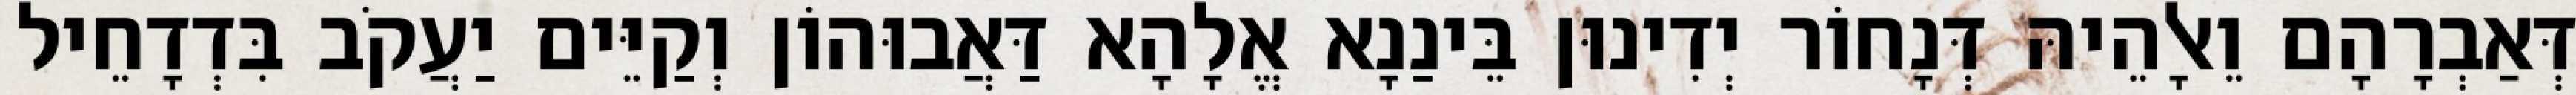
דְּאַבְרָהָם וֵאלָהֵיהּ דְּנָחוֹר יְדִינוּן בֵּינַנָא אֱלָהָא דַּאֲבוּהוֹן וְקַיֵּים יַעֲקֹב בִּדְדָחֵיל